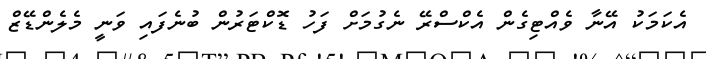
އެކަމަކު އޭނާ ވެއްޓިގެން އެކްސްރޭ ނެގުމަށް ފަހު ޑޮކްޓަރުން ބުނެފައި ވަނީ މެލެންޑޭޒް